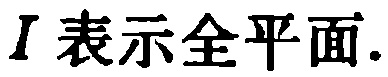
$I$表示全平面.